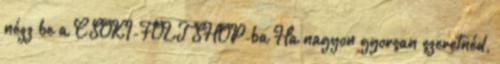
nézz be a CSOKI-FOLT SHOP-ba Ha nagyon gyorsan szeretnéd,